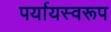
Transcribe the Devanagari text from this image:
पर्यायस्वरूप